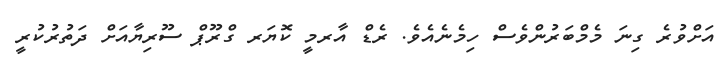
އަށްވުރެ ގިނަ މެމްބަރުންވެސް ހިމެނެއެވެ. ރެޑް އާރމީ ކޮޔަރ ގްރޫޕް ސޫރިޔާއަށް ދަތުރުކުރީ